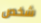
شخص